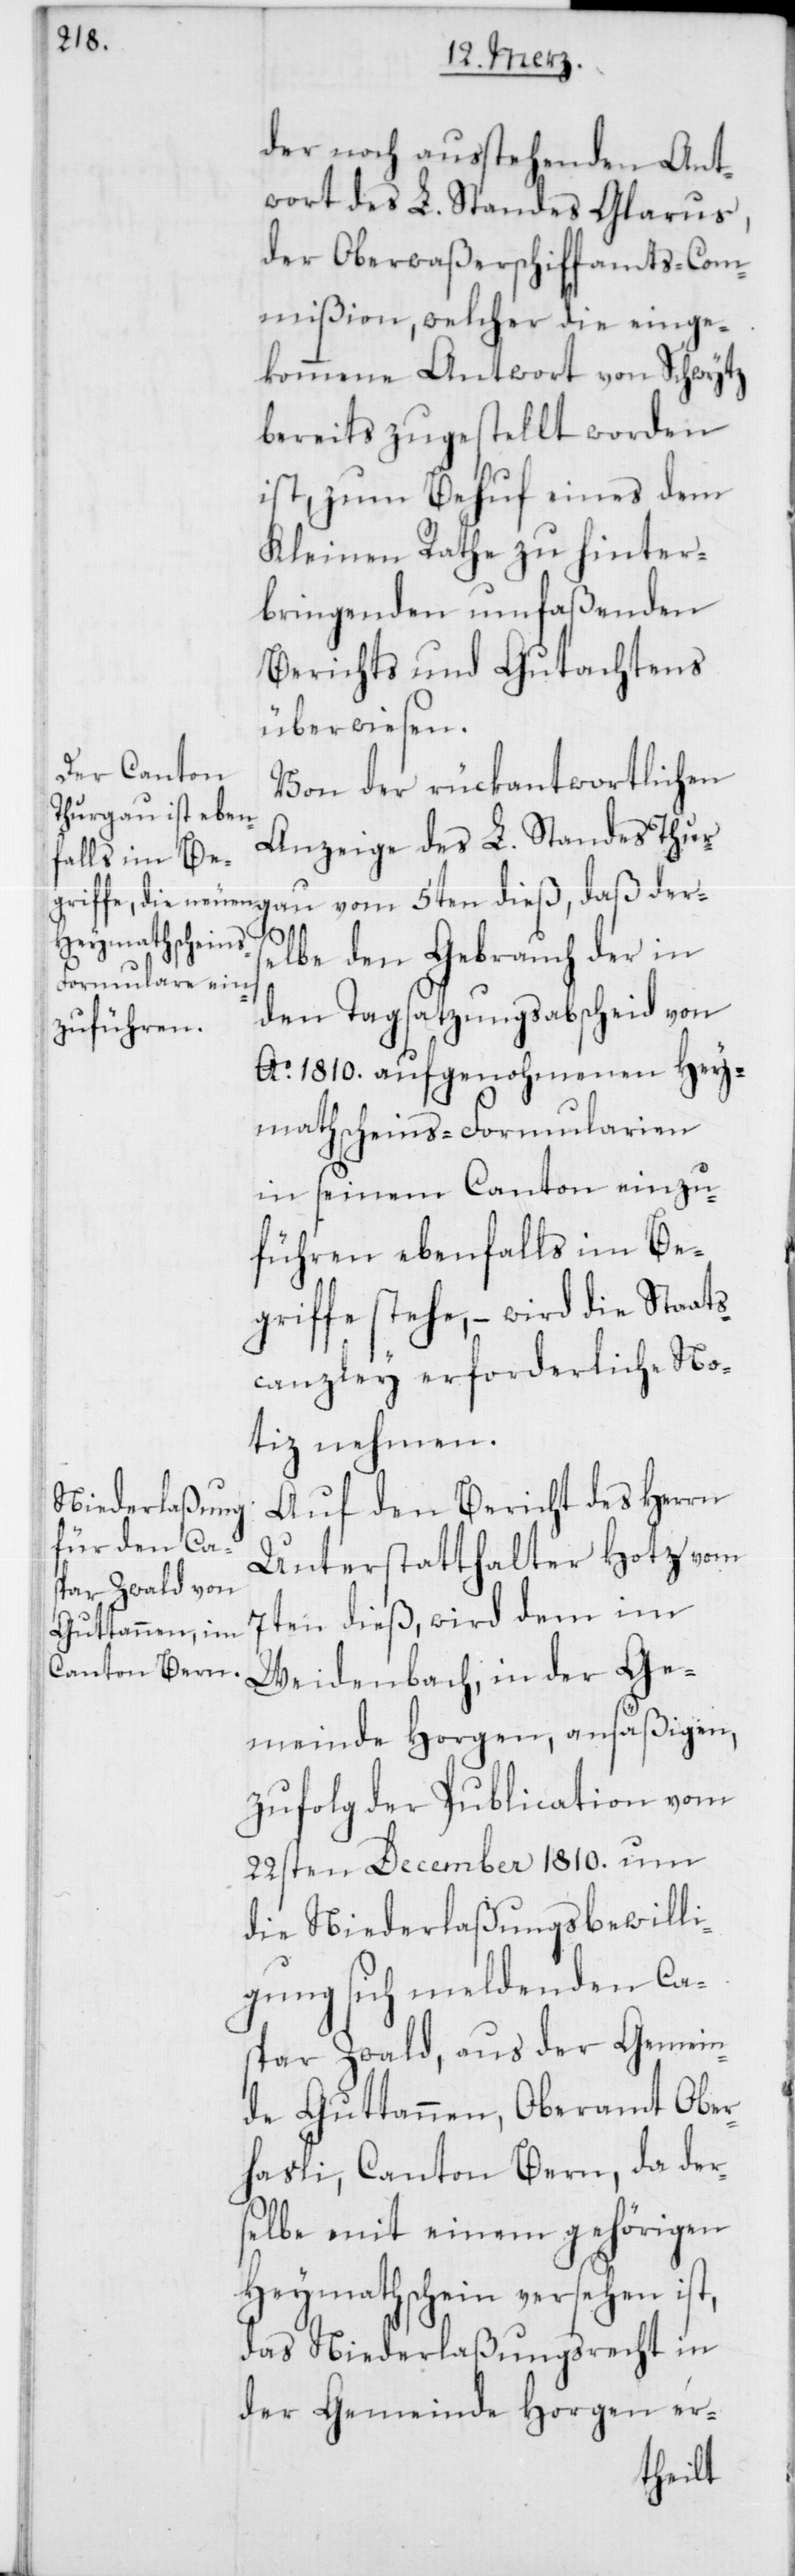
ders¬

der noch ausstehenden Ant¬
wort des L. Standes Glarus,
der Oberwaßerschiffamts-Com¬
mißion, welcher die einge¬
kommene Antwort von Schwytz
bereits zugestellt worden
ist, zum Behuf eines dem
Kleinen Rathe zu hinter¬
bringenden umfaßenden
Berichts und Gutachtens
überwiesen.
Von der rückantwortlichen
Anzeige des L. Standes Thurgau
elbe den Gebrauch der in
den Tagsatzungsabscheid von
Ao. 1810. aufgenohmenen Hey¬
mathscheins-Formularien
in seinem Canton einzu¬
führen ebenfalls im Be¬
griffe stehe, – wird die Staats¬
canzley erforderliche No¬
tiz nehmen.
Auf den Bericht des Herrn
Unterstatthalter Hotz vom
7ten dieß, wird dem im
Weidenbach, in der Ge¬
meinde Horgen, ansäßigen,
zufolge der Publication vom
22sten December 1810. um
die Niederlaßungsbewilli¬
gung sich meldenden Ca¬
spar Zwald, aus der Gemein¬
de Guttannen, Oberamt Ober¬
hasli, Canton Bern, da der¬
selbe mit einem gehörigen
Heymathschein versehen ist,
das Niederlaßungsrecht in
der Gemeinde Horgen er-